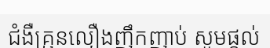
ជំងឺគ្រុនលឿងញឹកញាប់ សូមផ្តល់